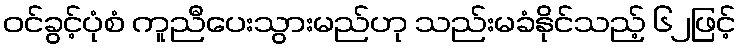
ဝင်ခွင့်ပုံစံ ကူညီပေးသွားမည်ဟု သည်းမခံနိုင်သည့် ၆၂ဖြင့်